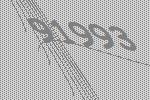
91993